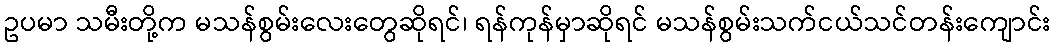
ဥပမာ သမီးတို့က မသန်စွမ်းလေးတွေဆိုရင်၊ ရန်ကုန်မှာဆိုရင် မသန်စွမ်းသက်ငယ်သင်တန်းကျောင်း